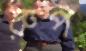
রুপ